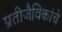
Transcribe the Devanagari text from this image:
प्रतीजैविकांचे